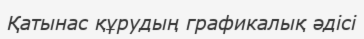
Қатынас құрудың графикалық әдісі